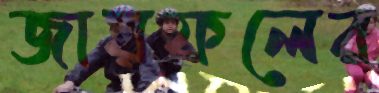
জায়ফলের